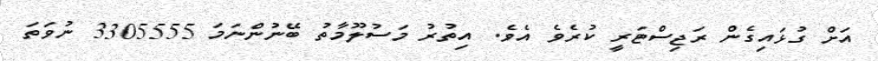
އަށް ގުޅައިގެން ރަޖިސްޓަރީ ކުރެވެ އެވެ. އިތުރު މަސުލޫމާތު ބޭނުންނަމަ 3305555 ނުވަތަ